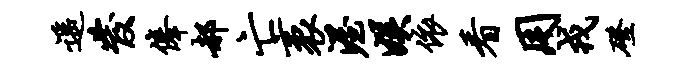
遥发俸郝亡袤渥娱依看用戎磴